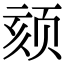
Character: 颏